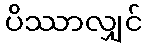
ပိဿာလျှင်